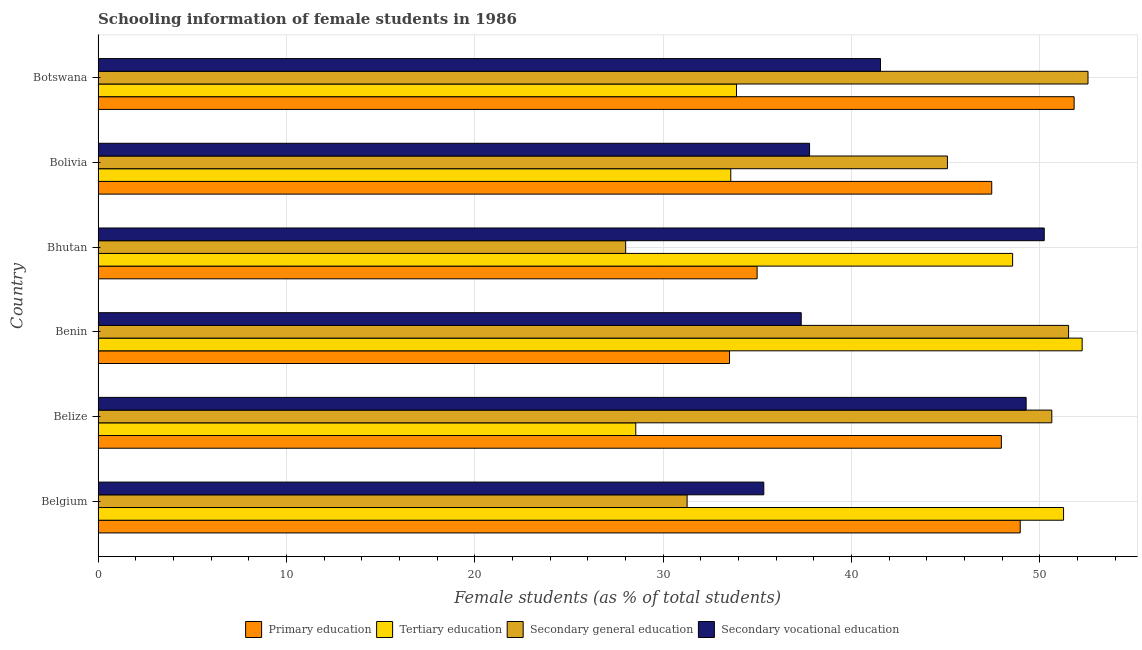
| Country | Primary education | Tertiary education | Secondary general education | Secondary vocational education |
 | --- | --- | --- | --- | --- |
 | Belgium | 49 | 51.3 | 31.3 | 35.3 |
 | Belize | 48 | 28.5 | 50.6 | 49.3 |
 | Benin | 33.5 | 52.2 | 51.5 | 37.3 |
 | Bhutan | 35 | 48.5 | 28 | 50.2 |
 | Bolivia | 47.4 | 33.6 | 45.1 | 37.8 |
 | Botswana | 51.8 | 33.9 | 52.5 | 41.5 |